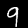
Label: 9